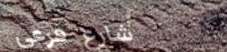
شارع فرعي